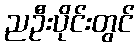
ညဦးပိုင်းတွင်